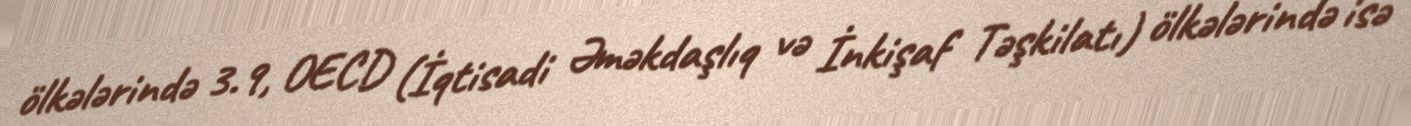
ölkələrində 3.9, OECD (İqtisadi Əməkdaşlıq və İnkişaf Təşkilatı) ölkələrində isə